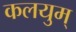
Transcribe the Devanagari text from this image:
कलयुम्